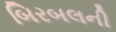
બિરબલની